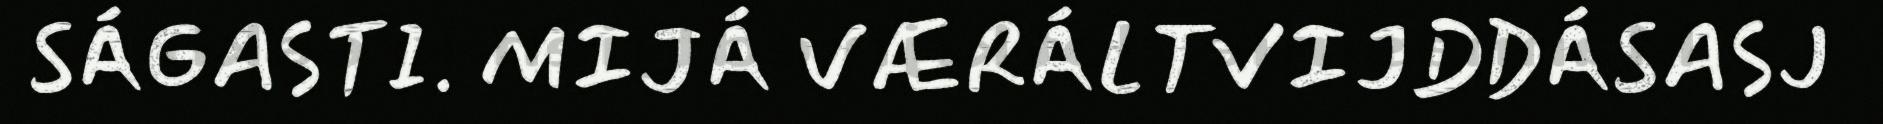
SÁGASTI. MIJÁ VÆRÁLTVIJDDÁSASJ